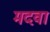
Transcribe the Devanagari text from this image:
मदवा